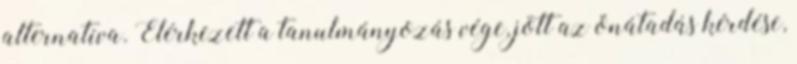
alternatíva. Elérkezett a tanulmányozás vége, jött az önátadás kérdése,